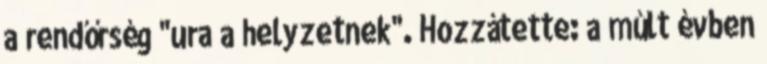
a rendőrség "ura a helyzetnek". Hozzátette: a múlt évben